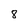
Character: 8